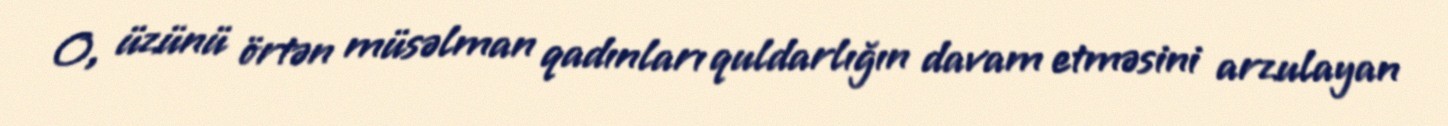
O, üzünü örtən müsəlman qadınları quldarlığın davam etməsini arzulayan